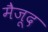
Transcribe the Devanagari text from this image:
मैजूद